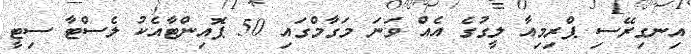
އިނގިރޭސި ޕްރިމިއާ ލީގުގެ އެއް ވަނަ މަގާމްގައި 50 ޕޮއިންޓާއެކު ލެސްޓާ ސިޓީ